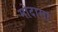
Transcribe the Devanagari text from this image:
मोदासा